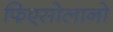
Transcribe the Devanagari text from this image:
फिएसोलानो